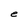
Character: e